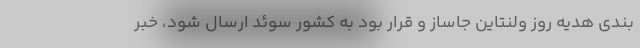
بندی هدیه روز ولنتاین جاساز و قرار بود به کشور سوئد ارسال شود، خبر